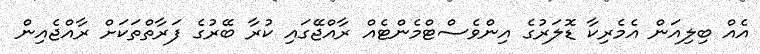
އެއް ބިލިއަން އެމެރިކާ ޑޮލަރުގެ އިންވެސްޓްމެންޓެއް ރާއްޖޭގައި ކުރާ ބޭރުގެ ފަރާތްތަކަށް ރާއްޖެއިން